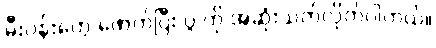
မီးပန်းတွေ ဖောက်ပြီး ပွဲ ကို အဆုံးသတ်လိုက်ပါတယ်။